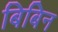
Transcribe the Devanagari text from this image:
बिबिन